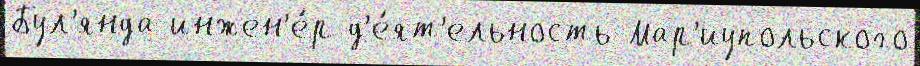
Бул'янда инжен'е́р д'е́ят'ельность Мар'иупольского